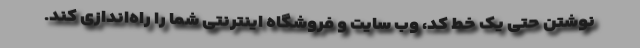
نوشتن حتی یک خط کد، وب سایت و فروشگاه اینترنتی شما را راه‌اندازی کند.